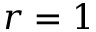
r = 1